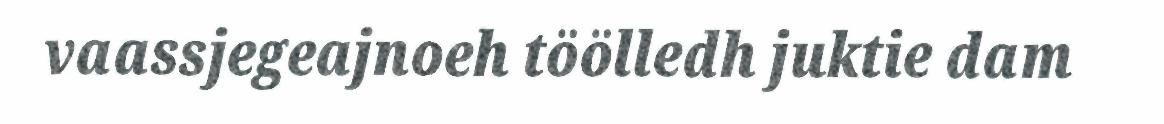
vaassjegeajnoeh töölledh juktie dam